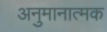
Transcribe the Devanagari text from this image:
अनुमानात्मक